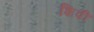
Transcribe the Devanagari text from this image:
शिपी